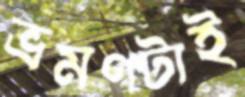
ভ্রমণটাই